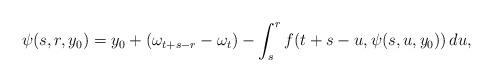
LaTeX: \begin{align*} \psi(s,r,y_0) = y_0 + (\omega_{t+s-r} - \omega_t) - \int_s^r f(t+s-u,\psi(s,u,y_0))\,du, \end{align*}